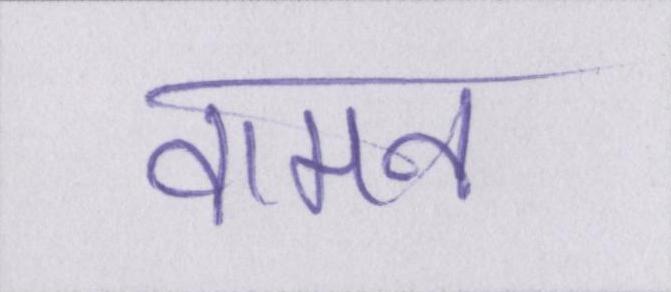
वामन